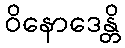
ဝိနောဒေန္တိ